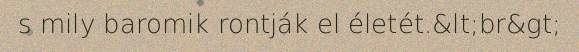
s mily baromik rontják el életét.&lt;br&gt;